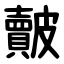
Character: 皾